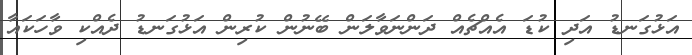
އަޅުގަނޑު އަދި ކުޑަ އެއްޗެއް ދަންނަވާލަން ބޭނުން ކުރިން އަޅުގަނޑު ދެއްކި ވާހަކައާ